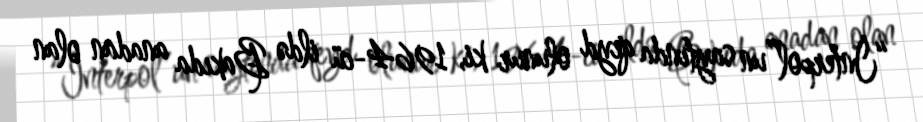
“İnterpol”un saytında qeyd olunur ki, 1964-cü ildə Bakıda anadan olan